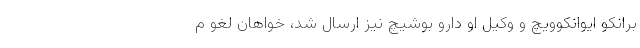
برانکو ایوانکوویچ و وکیل او دارو بوشیچ نیز ارسال شد، خواهان لغو م